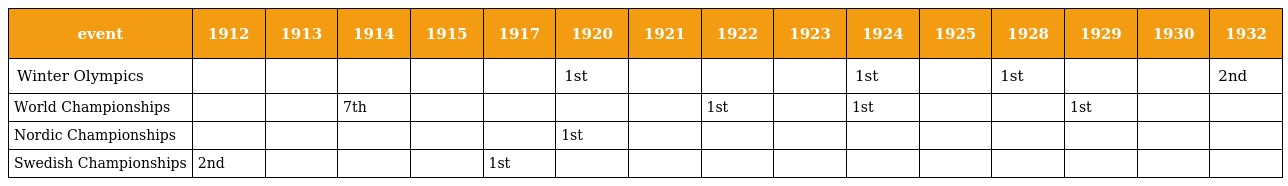
| event | 1912 | 1913 | 1914 | 1915 | 1917 | 1920 | 1921 | 1922 | 1923 | 1924 | 1925 | 1928 | 1929 | 1930 | 1932 |
 | --- | --- | --- | --- | --- | --- | --- | --- | --- | --- | --- | --- | --- | --- | --- | --- |
 | Winter Olympics |  |  |  |  |  | 1st |  |  |  | 1st |  | 1st |  |  | 2nd |
 | World Championships |  |  | 7th |  |  |  |  | 1st |  | 1st |  |  | 1st |  |  |
 | Nordic Championships |  |  |  |  |  | 1st |  |  |  |  |  |  |  |  |  |
 | Swedish Championships | 2nd |  |  |  | 1st |  |  |  |  |  |  |  |  |  |  |